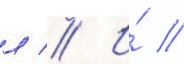
л // И́ //